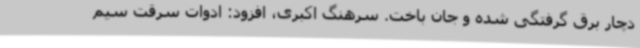
دچار برق گرفتگی شده و جان باخت. سرهنگ اکبری، افزود: ادوات سرقت سیم